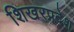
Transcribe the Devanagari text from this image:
शिखरप्रदेश